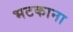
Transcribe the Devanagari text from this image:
भटकाना